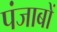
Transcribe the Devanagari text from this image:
पंजाबों